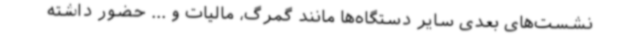
نشست‌های بعدی سایر دستگاه‌ها مانند گمرگ، مالیات و ... حضور داشته